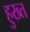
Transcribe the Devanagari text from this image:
हुख्त